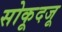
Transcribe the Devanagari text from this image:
सोकूदजू